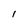
Character: l